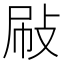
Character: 𢼞